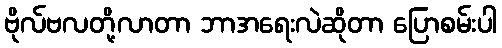
ဗိုလ်ဗလတို့လာတာ ဘာအရေးလဲဆိုတာ ပြောစမ်းပါ